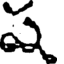
ష